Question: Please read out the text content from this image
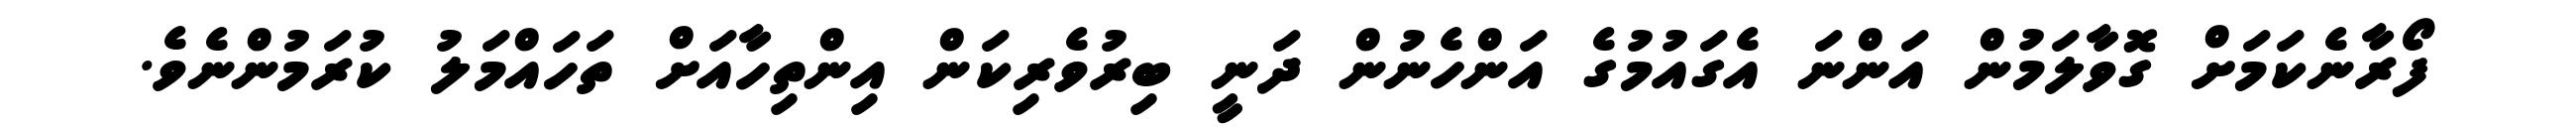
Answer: ފޯރާނެކަމަށް ގޮވާލަމުން އަންނަ އެގައުމުގެ އަންހެނުން ދަނީ ބިރުވެރިކަން އިންތިހާއަށް ތަހައްމަލު ކުރަމުންނެވެ.